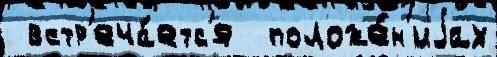
 встр'еча́етс'я  положе́н'иjах